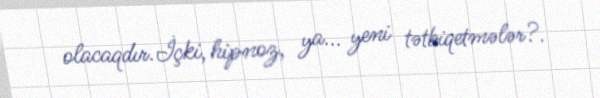
olacaqdır.İçki, hipnoz, ya... yeni tətbiqetmələr?.